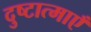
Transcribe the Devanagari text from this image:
दुष्टात्माएँ